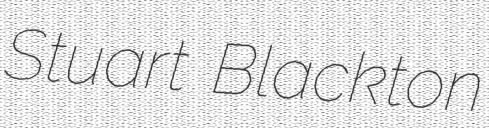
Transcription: Stuart Blackton